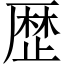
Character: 歴